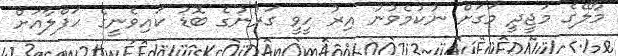
މާލޭގެ މަޖީދީ މަގަށް ނުކުމެވުނު އިރު ހީވީ ގަރުނުގެ ބޮޑު ކައިވެނީގެ ހަފްލާއަށް